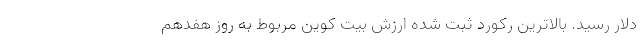
دلار رسید. بالاترین رکورد ثبت شده ارزش بیت کوین مربوط به روز هفدهم